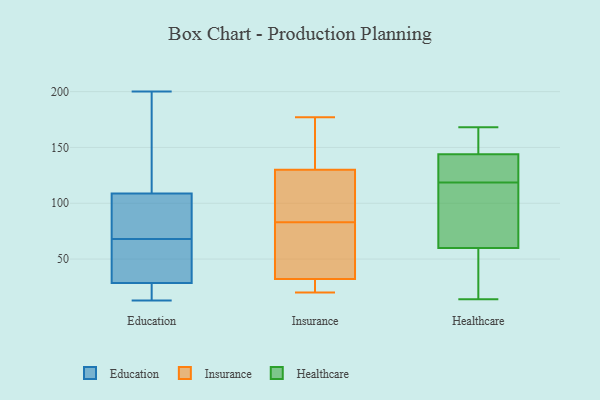
{"axis": {"x": "Latency (ms)", "y": "Value"}, "legend": ["Education", "Healthcare", "Insurance"], "data": [{"x": "", "y": 22, "type": "Education"}, {"x": "", "y": 63, "type": "Education"}, {"x": "", "y": 200, "type": "Education"}, {"x": "", "y": 28, "type": "Education"}, {"x": "", "y": 92, "type": "Education"}, {"x": "", "y": 30, "type": "Education"}, {"x": "", "y": 114, "type": "Education"}, {"x": "", "y": 68, "type": "Education"}, {"x": "", "y": 93, "type": "Education"}, {"x": "", "y": 188, "type": "Education"}, {"x": "", "y": 13, "type": "Education"}, {"x": "", "y": 72, "type": "Insurance"}, {"x": "", "y": 177, "type": "Insurance"}, {"x": "", "y": 143, "type": "Insurance"}, {"x": "", "y": 97, "type": "Insurance"}, {"x": "", "y": 33, "type": "Insurance"}, {"x": "", "y": 112, "type": "Insurance"}, {"x": "", "y": 83, "type": "Insurance"}, {"x": "", "y": 93, "type": "Insurance"}, {"x": "", "y": 26, "type": "Insurance"}, {"x": "", "y": 136, "type": "Insurance"}, {"x": "", "y": 169, "type": "Insurance"}, {"x": "", "y": 31, "type": "Insurance"}, {"x": "", "y": 154, "type": "Insurance"}, {"x": "", "y": 46, "type": "Insurance"}, {"x": "", "y": 32, "type": "Insurance"}, {"x": "", "y": 77, "type": "Insurance"}, {"x": "", "y": 20, "type": "Insurance"}, {"x": "", "y": 24, "type": "Insurance"}, {"x": "", "y": 96, "type": "Insurance"}, {"x": "", "y": 168, "type": "Healthcare"}, {"x": "", "y": 151, "type": "Healthcare"}, {"x": "", "y": 142, "type": "Healthcare"}, {"x": "", "y": 35, "type": "Healthcare"}, {"x": "", "y": 14, "type": "Healthcare"}, {"x": "", "y": 90, "type": "Healthcare"}, {"x": "", "y": 65, "type": "Healthcare"}, {"x": "", "y": 145, "type": "Healthcare"}, {"x": "", "y": 108, "type": "Healthcare"}, {"x": "", "y": 16, "type": "Healthcare"}, {"x": "", "y": 152, "type": "Healthcare"}, {"x": "", "y": 150, "type": "Healthcare"}, {"x": "", "y": 90, "type": "Healthcare"}, {"x": "", "y": 114, "type": "Healthcare"}, {"x": "", "y": 123, "type": "Healthcare"}, {"x": "", "y": 31, "type": "Healthcare"}, {"x": "", "y": 132, "type": "Healthcare"}, {"x": "", "y": 128, "type": "Healthcare"}, {"x": "", "y": 143, "type": "Healthcare"}, {"x": "", "y": 55, "type": "Healthcare"}]}